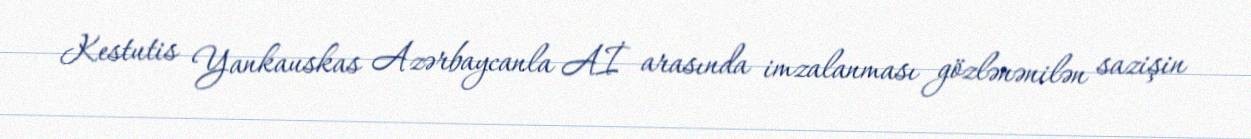
Kestutis Yankauskas Azərbaycanla Aİ arasında imzalanması gözlənənilən sazişin